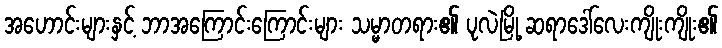
အဟောင်းများနှင့် ဘာအကြောင်းကြောင်းများ သမ္မာတရား၏ ပုလဲမြို့ ဆရာဒေါ်လေးကျိုးကျိုး၏